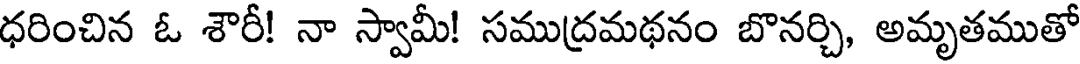
ధరించిన ఓ శౌరీ! నా స్వామీ! సముద్రమథనం బొనర్చి, అమృతముతో